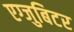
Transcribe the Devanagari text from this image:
एग्जुबिटर